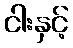
ငါးနှင့်